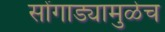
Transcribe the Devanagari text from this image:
सोंगाड्यामुळेच